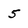
Character: 5